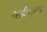
આઈડયોલોજી